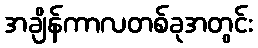
အချိန်ကာလတစ်ခုအတွင်း